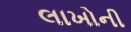
લાખોની